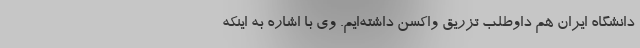
دانشگاه ایران هم داوطلب تزریق واکسن داشته‌ایم. وی با اشاره به اینکه